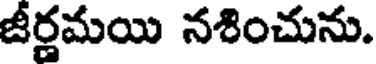
జీర్ణమయి నశించును.